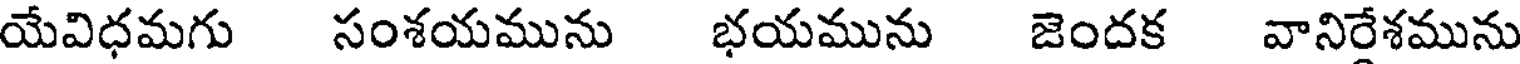
యేవిధమగు సంశయమును భయమును జెందక వానిరేశమును